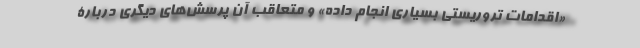
«اقدامات تروریستی بسیاری انجام داده» و متعاقب آن پرسش‌های دیگری دربارۀ